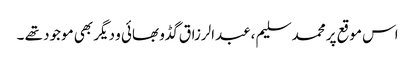
اس موقع پر محمد سلیم ،عبدالرزاق گڈو بھائی و دیگر بھی موجود تھے ۔